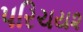
પરિચય૨